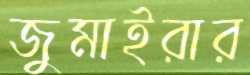
জুমাইরার